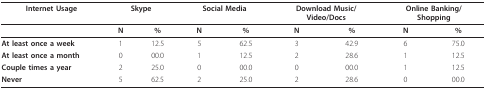
<table><thead><tr><td><b>Internet Usage</b></td><td colspan="2"><b>Skype</b></td><td colspan="2"><b>Social Media</b></td><td colspan="2"><b>Download Music/Video/Docs</b></td><td colspan="2"><b>Online Banking/Shopping</b></td></tr></thead><tbody><tr><td></td><td><b>N</b></td><td><b>%</b></td><td><b>N</b></td><td><b>%</b></td><td><b>N</b></td><td><b>%</b></td><td><b>N</b></td><td><b>%</b></td></tr><tr><td><b>At least once a week</b></td><td>1</td><td>12.5</td><td>5</td><td>62.5</td><td>3</td><td>42.9</td><td>6</td><td>75.0</td></tr><tr><td><b>At least once a month</b></td><td>0</td><td>00.0</td><td>1</td><td>12.5</td><td>2</td><td>28.6</td><td>1</td><td>12.5</td></tr><tr><td><b>Couple times a year</b></td><td>2</td><td>25.0</td><td>0</td><td>00.0</td><td>0</td><td>00.0</td><td>1</td><td>12.5</td></tr><tr><td><b>Never</b></td><td>5</td><td>62.5</td><td>2</td><td>25.0</td><td>2</td><td>28.6</td><td>0</td><td>00.0</td></tr></tbody></table>